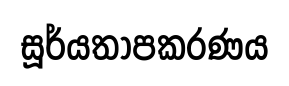
සූර්යතාපකරණය